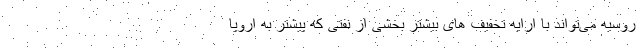
روسیه می‌تواند با ارایه تخفیف های بیشتر بخشی از نفتی که پیشتر به اروپا